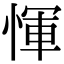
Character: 惲